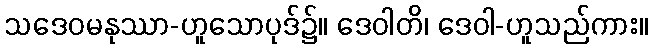
သဒေဝမနုဿာ-ဟူသောပုဒ်၌။ ဒေဝါတိ၊ ဒေဝါ-ဟူသည်ကား။